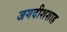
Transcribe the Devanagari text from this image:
जगदीशशाह